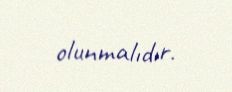
olunmalıdır.